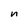
Character: n